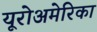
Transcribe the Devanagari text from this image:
यूरोअमेरिका